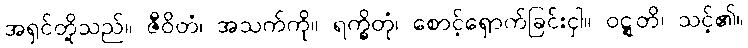
အရှင်တို့သည်။ ဇီဝိတံ၊ အသက်ကို။ ရက္ခိတုံ၊ စောင့်ရှောက်ခြင်းငှါ။ ဝဋ္ဋတိ၊ သင့်၏။